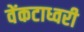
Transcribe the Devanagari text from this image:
वेंकटाध्वरी